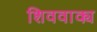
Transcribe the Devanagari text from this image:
शिववाक्य